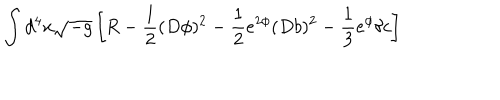
\int d ^ { 4 } x \sqrt { - g } \left[ R - \frac { 1 } { 2 } ( D \phi ) ^ { 2 } - \frac { 1 } { 2 } e ^ { 2 \phi } ( D b ) ^ { 2 } - \frac { 1 } { 3 } e ^ { \phi } \delta c \right]